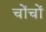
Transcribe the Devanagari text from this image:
चोंचों